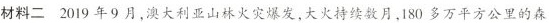
材料二 2019年9月，澳大利亚山林火灾爆发，大火持续数月，180多万平方公里的森